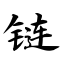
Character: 链